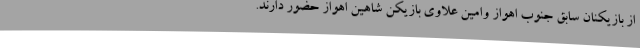
از بازیکنان سابق جنوب اهواز وامین علاوی بازیکن شاهین اهواز حضور دارند.